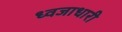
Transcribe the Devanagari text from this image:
ध्वजाधारी